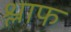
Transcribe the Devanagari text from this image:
श्लाफ